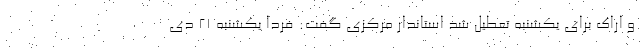
و اراک برای یکشنبه تعطیل شد استاندار مرکزی گفت: فردا یکشنبه ۲۱ دی